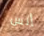
إنس